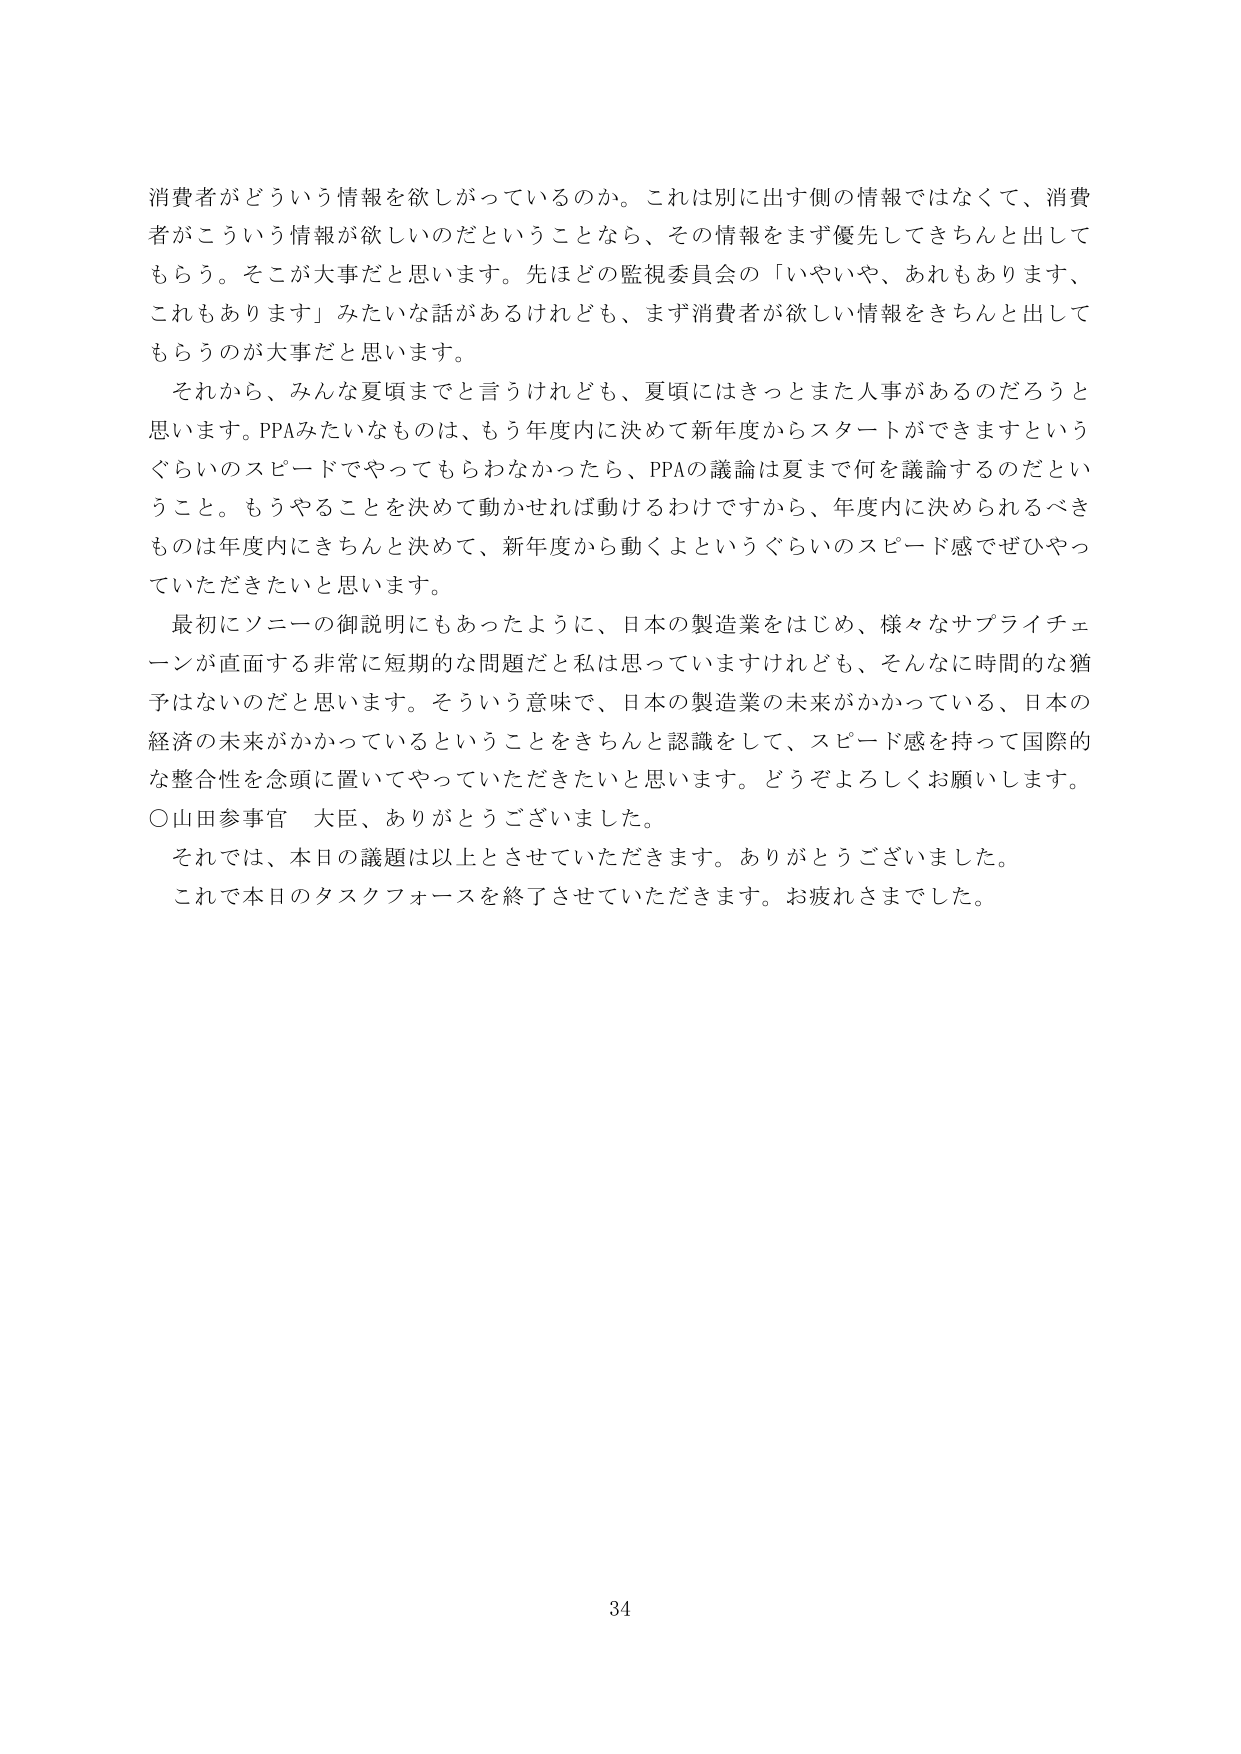
消費者がどういう情報を欲しがっているのか。これは別に出す側の情報ではなくて、消費者がこういう情報が欲しいのだということなら、その情報をまず優先してきちんと出してもらう。そこが大事だと思います。先ほどの監視委員会の「いやいや、あれもあります、これもあります」みたいな話があるけれども、まず消費者が欲しい情報をきちんと出してもらうのが大事だと思います。

それから、みんな夏頃までと言うけれども、夏頃にはきっとまた人事があるのだろうと思います。PPAみたいなものは、もう年度内に決めて新年度からスタートができますというぐらいのスピードでやってもらわなかったら、PPAの議論は夏まで何を議論するのだということ。もうやることを決めて動かせれば動けるわけですから、年度内に決められるべきものは年度内にきちんと決めて、新年度から動くよというぐらいのスピード感でぜひやっていただきたいと思います。

最初にソニーの御説明にもあったように、日本の製造業をはじめ、様々なサプライチェーンが直面する非常に短期的な問題だと私は思っていますけれども、そんなに時間的な猶予はないのだと思います。そういう意味で、日本の製造業の未来がかかっている、日本の経済の未来がかかっているということをきちんと認識をして、スピード感を持って国際的な整合性を念頭に置いてやっていただきたいと思います。どうぞよろしくお願いします。

○山田参事官　大臣、ありがとうございました。

それでは、本日の議題は以上とさせていただきます。ありがとうございました。

これで本日のタスクフォースを終了させていただきます。お疲れさまでした。

34